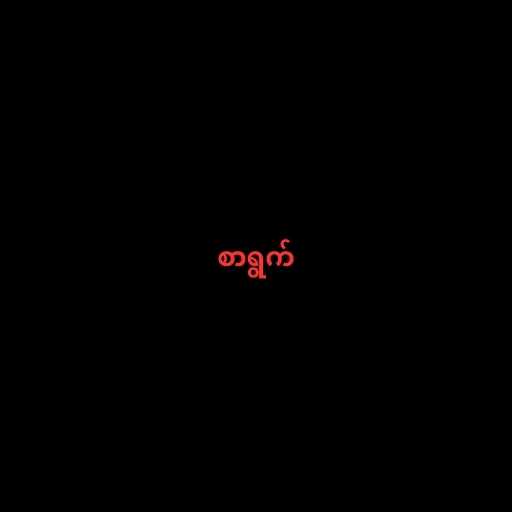
စာရွက်